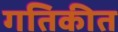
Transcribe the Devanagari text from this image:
गतिकीत